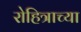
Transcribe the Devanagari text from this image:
रोहित्राच्या